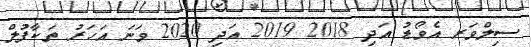
ސިލްވަރ އެވޯޑު އަދި 2018 2019 އަދި 2020 ވަނަ އަހަރު ތަކާފުލް